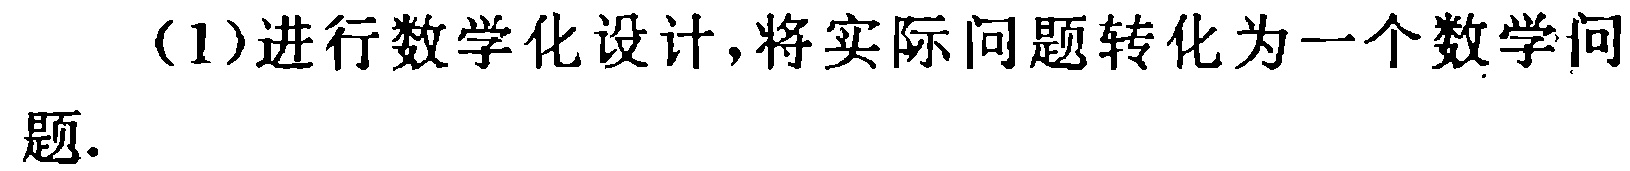
(1)进行数学化设计,将实际问题转化为一个数学问题.